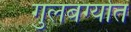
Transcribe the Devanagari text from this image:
गुलबर्ग्यात